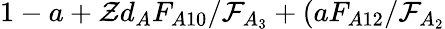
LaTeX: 1-a+\mathcal{Z}d_{A}F_{A10}/\mathcal{F}_{A_{3}}+(aF_{A12}/\mathcal{F}_{A_{2}}